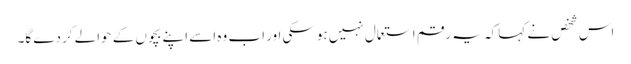
اس شخص نے کہا کہ یہ رقم استعمال نہیں ہوسکی اور اب وہ اسے اپنے بچوں کے حوالے کردے گا۔